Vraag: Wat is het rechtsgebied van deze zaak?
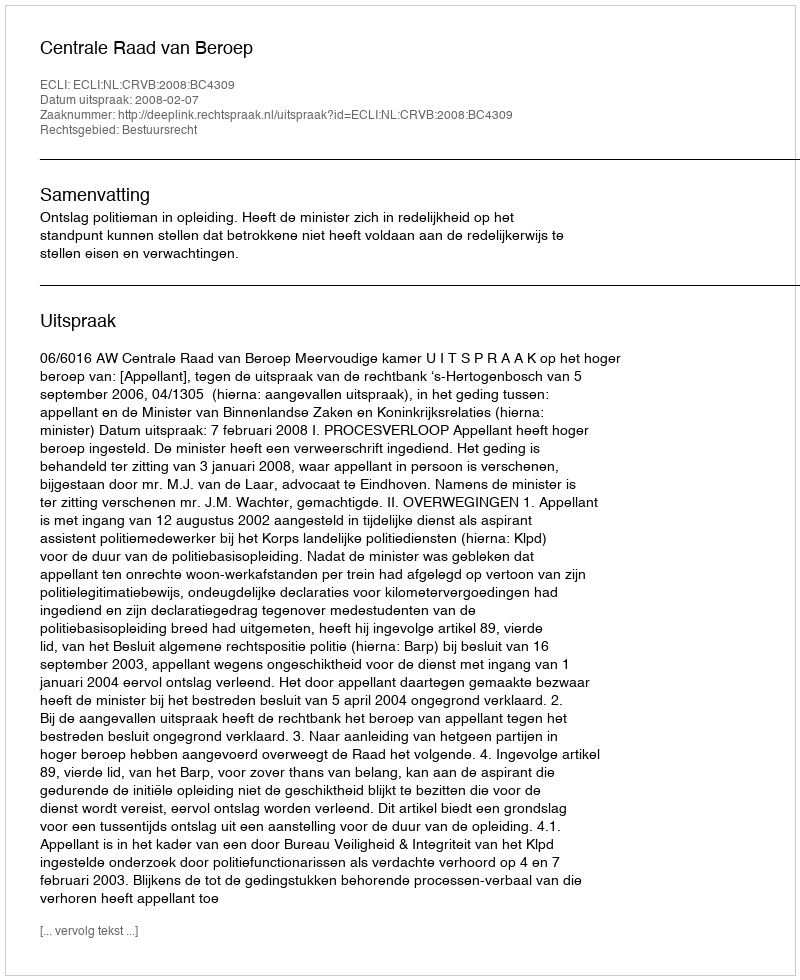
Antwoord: Bestuursrecht